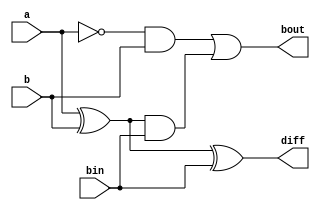
module full_subtr_df(a,b,bin,diff,bout);
input a,b,bin;
output wire diff,bout;
wire b1,b2,b3;
assign diff = a^b^bin;
assign b1 = ~a&b;
assign b2 = a^b;
assign b3 = b2&bin;
assign bout = b1|b3;
endmodule